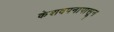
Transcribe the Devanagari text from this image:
केशवपनापासून